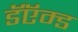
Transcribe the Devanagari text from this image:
डॅऍम्ड